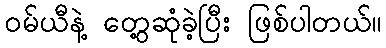
၀မ်ယီနဲ့ တွေ့ဆုံခဲ့ပြီး ဖြစ်ပါတယ်။